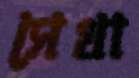
সেখা